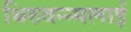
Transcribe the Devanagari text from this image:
थिरुवन्न्मलाई